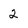
Character: 2